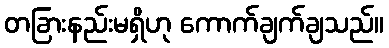
တခြားနည်းမရှိဟု ကောက်ချက်ချသည်။